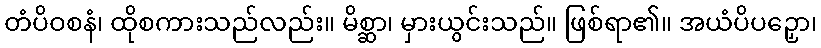
တံပိဝစနံ၊ ထိုစကားသည်လည်း။ မိစ္ဆာ၊ မှားယွင်းသည်။ ဖြစ်ရာ၏။ အယံပိပဉှော၊